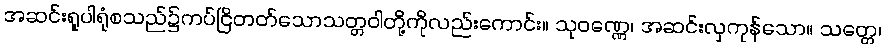
အဆင်းရူပါရုံစသည်၌ကပ်ငြိတတ်သောသတ္တဝါတို့ကိုလည်းကောင်း။ သုဝဏ္ဏေ၊ အဆင်းလှကုန်သော။ သတ္တေ၊